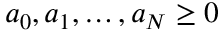
a _ { 0 } , a _ { 1 } , \dots , a _ { N } \ge 0